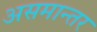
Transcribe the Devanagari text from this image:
असमान्तर